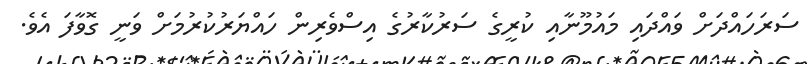
ސަރަހައްދަށް ވައްދައި މައުމޫނާއި ކުރީގެ ސަރުކާރުގެ އިސްވެރިން ހައްޔަރުކުރުމަށް ވަނީ ގޮވާފަ އެވެ.